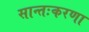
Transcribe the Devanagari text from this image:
सान्तःकरणा